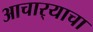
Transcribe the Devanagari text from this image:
आचार्‍याचा